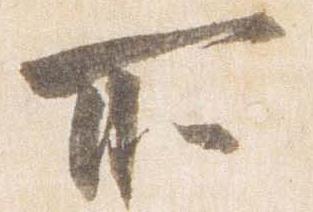
所